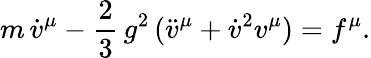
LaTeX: m\, {\dot{v}}^{\mu}-{\frac 23}\, g^{2}\, ({\ddot{v}}^{\mu}+{\dot{v}}^{2}v^{\mu})=f^{\mu}.